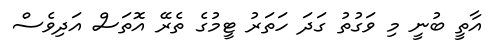
އާތީ ބުނީ މި ވަގުތު ގަދަ ހަތަރު ޓީމުގެ ތެރޭ އޮތަސް އަދިވެސް